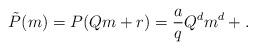
LaTeX: \begin{align*}\tilde{P}(m) = P(Q m + r) = \frac{a}{q} Q^d m^d + .\end{align*}